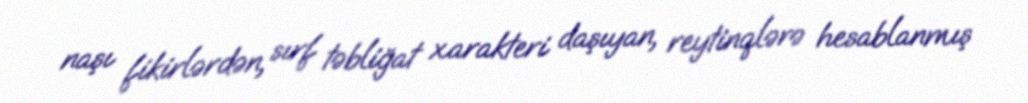
naşı fikirlərdən, sırf təbliğat xarakteri daşıyan, reytinqlərə hesablanmış